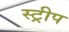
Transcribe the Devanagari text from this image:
स्‍ट्रीप